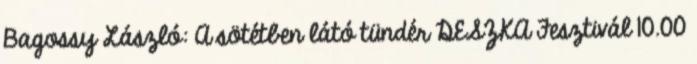
Bagossy László: A sötétben látó tündér DESZKA Fesztivál 10.00